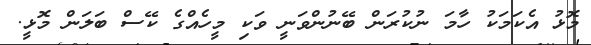
މޮޅު އެކަމަކު ހާމަ ނުކުރަން ބޭނުންވަނީ ވަކި މީހެއްގެ ކޭސް ބަލަން މޮޅީ.